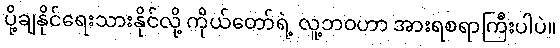
ပို့ချနိုင်ရေးသားနိုင်လို့ ကိုယ်တော်ရဲ့ လူ့ဘဝဟာ အားရစရာကြီးပါပဲ။